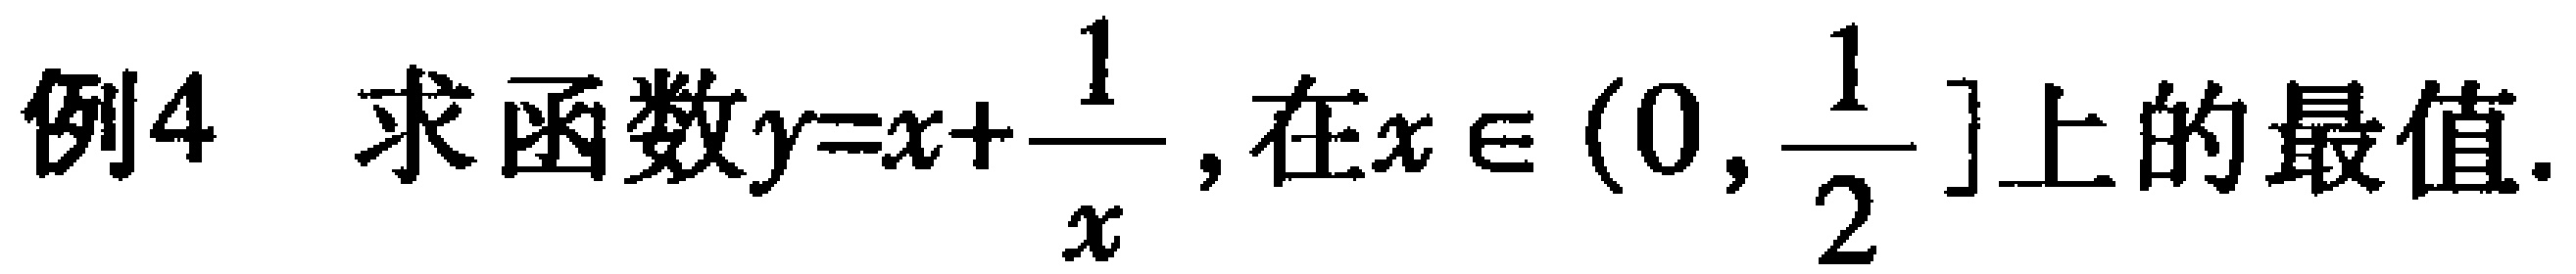
例4 求函数\(y = x+\frac{1}{x}\)，在\(x\in(0,\frac{1}{2}]\)上的最值.